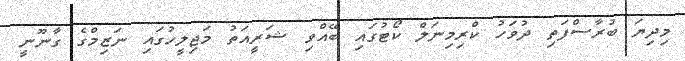
މިދިޔަ ބުރާސްފަތި ދުވަހު ކްރިމިނަލް ކޯޓުގައި ބޭއްވި ޝަރީއަތު މަޖިލީހުގައި ނަޒިމްގެ ގާނޫނީ